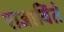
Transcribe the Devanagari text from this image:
राजाविंते